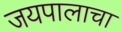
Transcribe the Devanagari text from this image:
जयपालाचा